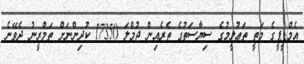
އެމްޑީޕީގެ މަތީ ތަޢުލީމުގެ ސިޔާސަތުގެ ތެރެއިން ޖުމްލަ 17350 ކުދިންނަށް ތަމްރީނު ދެވޭނެ